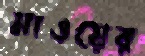
মাওয়ের